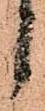
候